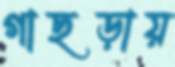
গাছড়ায়